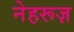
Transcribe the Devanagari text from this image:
नेहरूज़